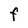
Character: F